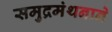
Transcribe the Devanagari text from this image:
समुद्रमंथनाने